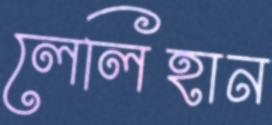
লেলিহান